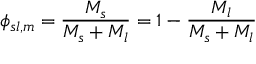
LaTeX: \phi _ { s l , m } = { \frac { M _ { s } } { M _ { s } + M _ { l } } } = 1 - { \frac { M _ { l } } { M _ { s } + M _ { l } } }